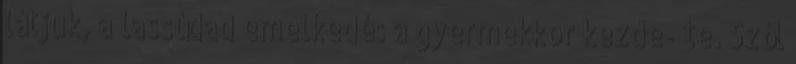
látjuk, a lassúdad emelkedés a gyermekkor kezde- te. Szól